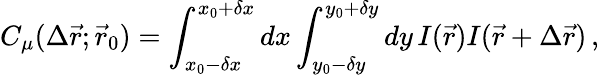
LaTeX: C_{\mu}(\Delta\vec{r};\vec{r}_{0})=\int_{x_{0}-\delta x}^{x_{0}+\delta x}dx\int_{y_{0}-\delta y}^{y_{0}+\delta y}dy\, I(\vec{r})I(\vec{r}+\Delta\vec{r})\, ,